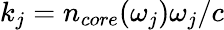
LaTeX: k_{j}=n_{core}(\omega_{j})\omega_{j}/c